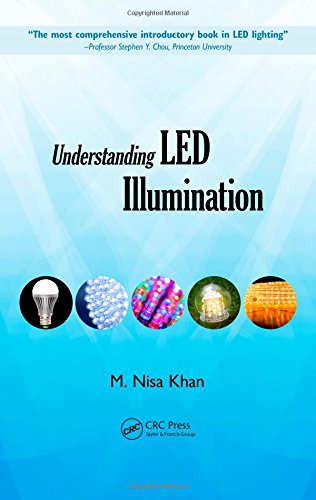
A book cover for Understanding LED Illumination; M. Nisa Khan; Science & Math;